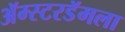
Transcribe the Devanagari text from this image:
ॲम्स्टरडॅमला